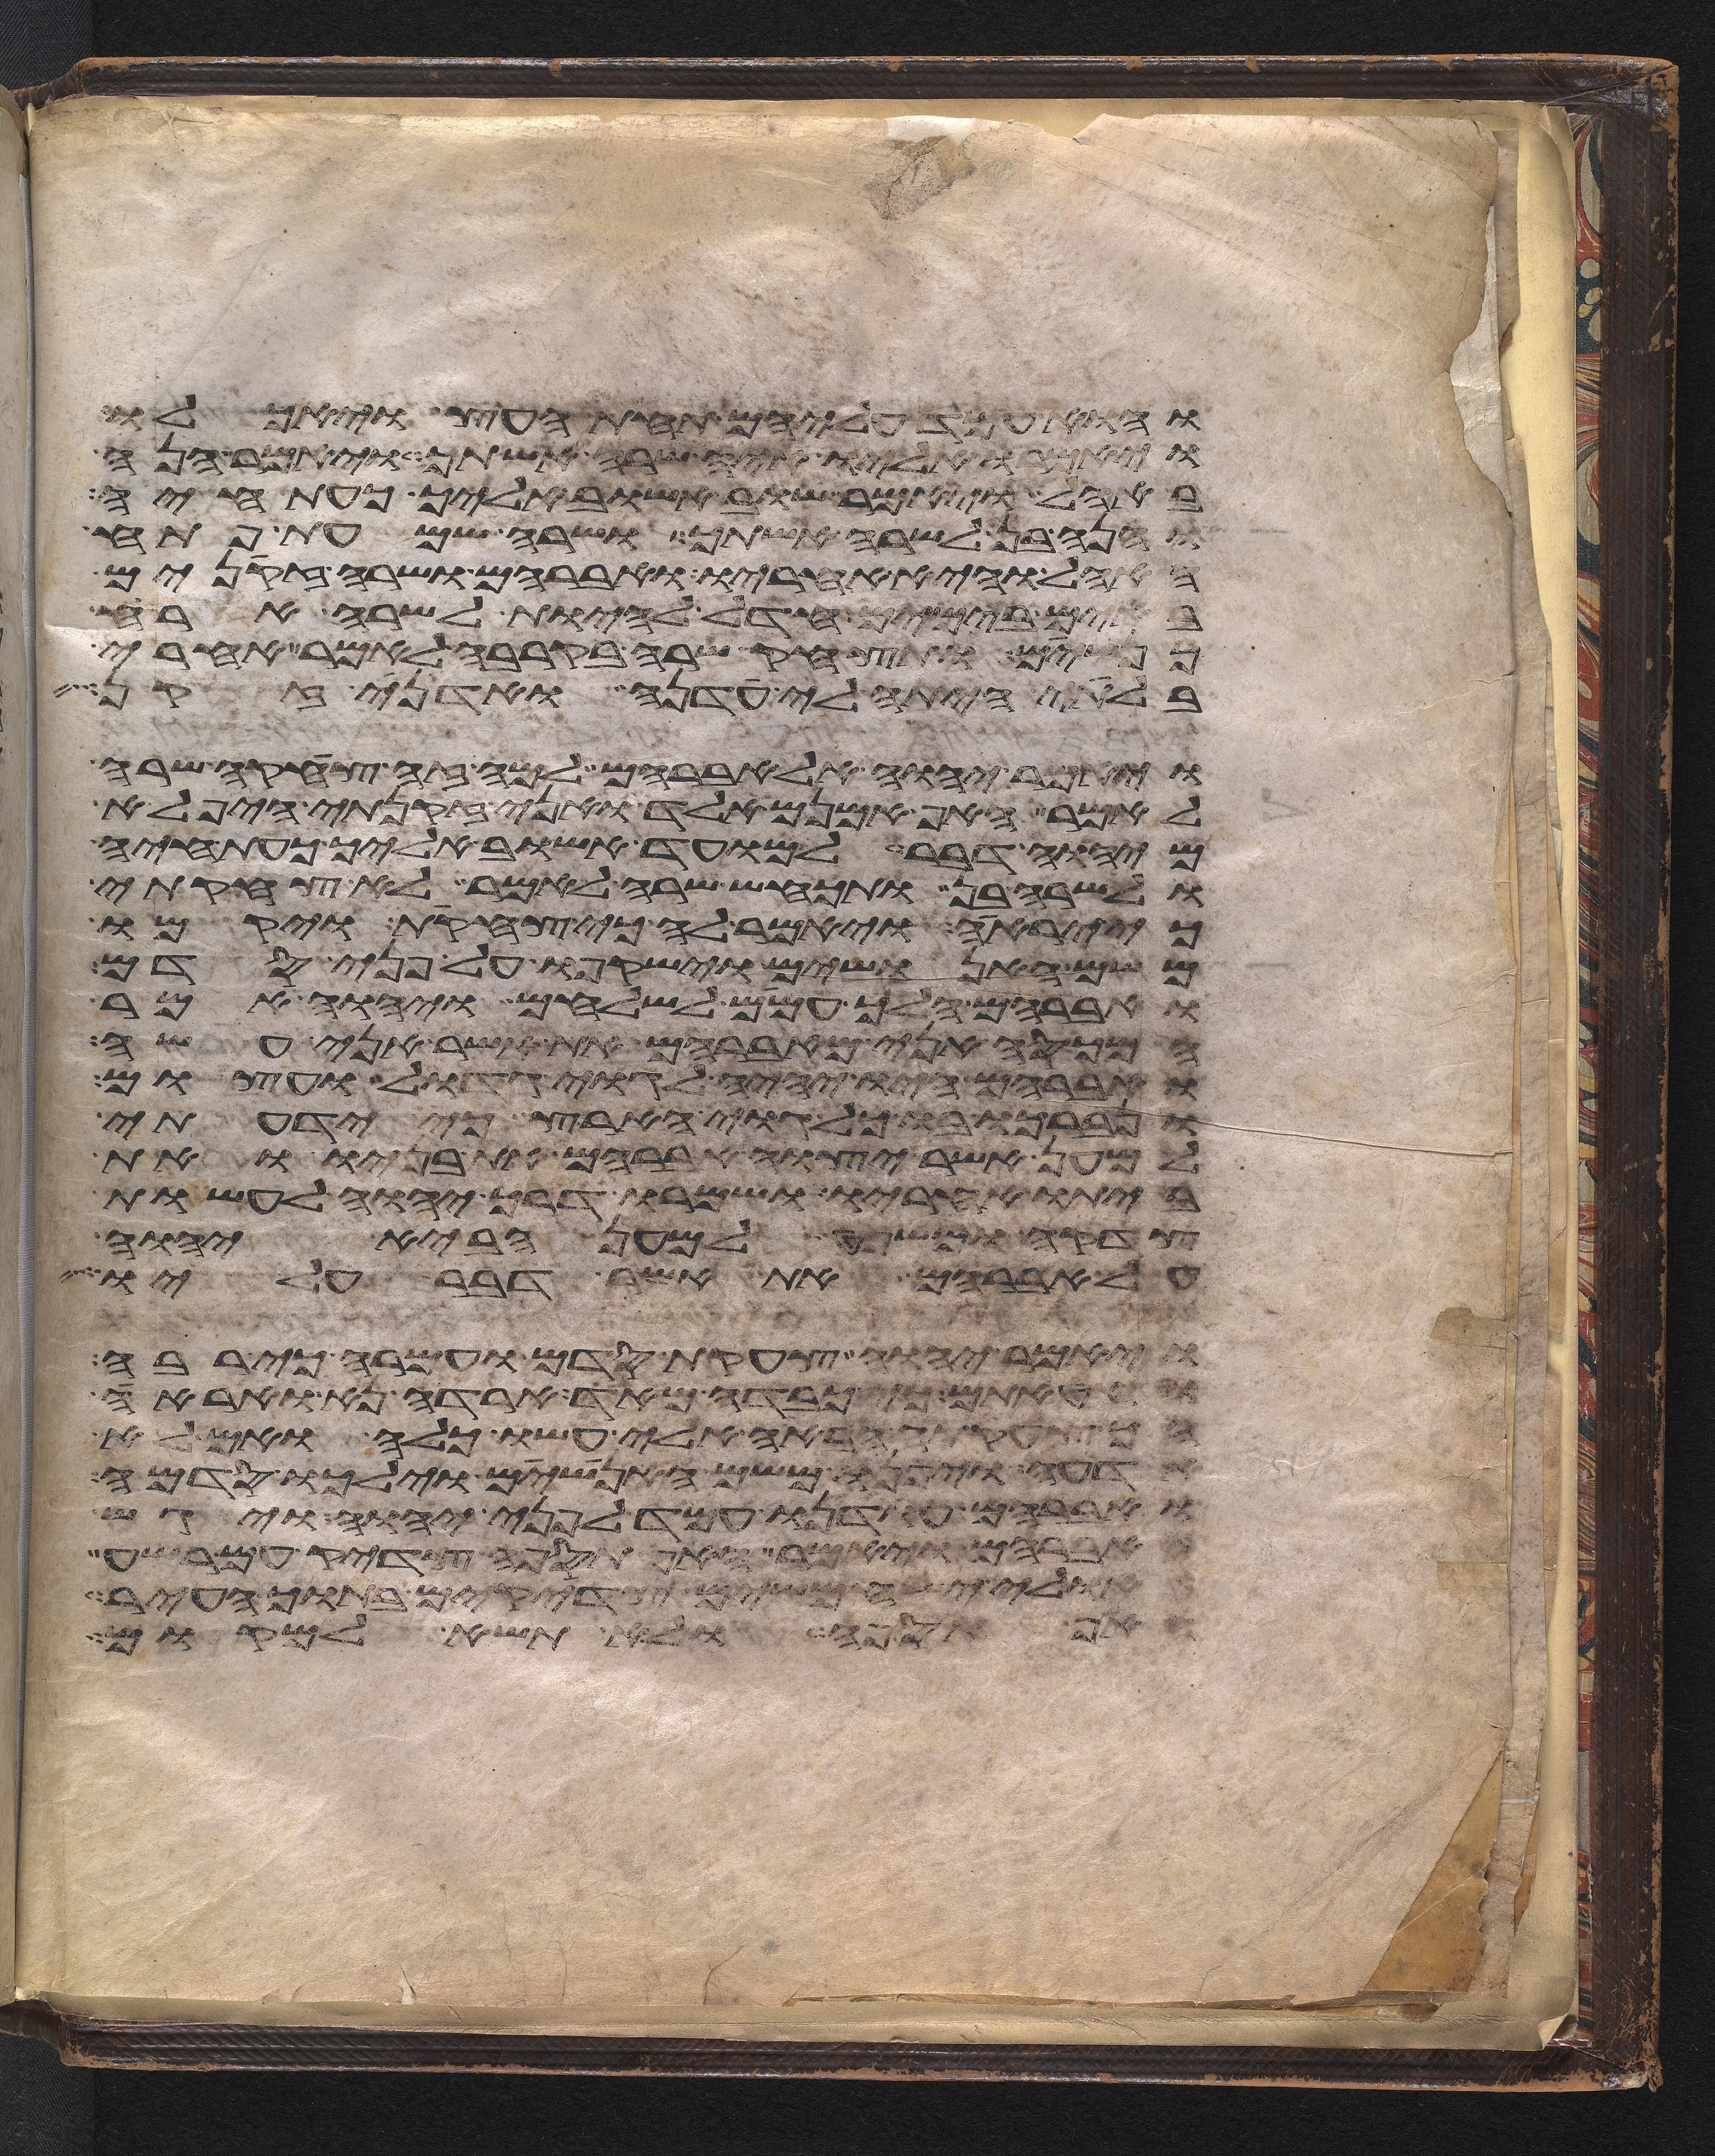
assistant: והוא עמד עליהם תחת העץ ויאכלו
ויאמרו אליו איה שרה אשתך ויאמר הנה
באהל ויאמר שוב אשוב אליך כעת חיה
והנה בן לשרה אשתך ושרה שמעת פתח
האהל והיא אחריו ואברהם ושרה זקנים
באים בימים חדל להיות לשרה ארח
כנשים ותצחק שרה בקרבה לאמר אחרי
בלתי היתה לי עדנה ואדני זקן
ויאמר יהוה אל אברהם למה זה צחקה שרה
לאמר האף אמנם אלד ואני זקנתי היפלא
מיהוה דבר למועד אשוב אליך כעת חיה
ולשרה בן ותכחש שרה לאמר לא צחקתי
יראה ויאמר לה כי צחקת ויקמו
משם האנושים וישקפו על פני סדם
ואברהם הלך עמם לשלחם ויהוה אמר
המכסה אני מאברהם את אשר אני עשה
ואברהם היו יהיה לגוי גדול ועצום
ונברכו בו כל גוי הארץ כי ידעתי
למען אשר יצוה אברהם את בניו ואת
ביתו אחריו ושמרו דרך יהוה לעשות
צדקה ומשפט למען הביא יהוה
על אברהם את אשר דבר עליו
ויאמר יהוה צעקת סדם ועמרה כי רבה
וחטאתם כי כבדה מאד ארדה נא ואראה
הך צעקתה הבאה אלי עשו כלה ואם לא
אדעה ויפנו משם האנושים וילכו סדמה
ואברהם עודנו עמד לפני יהוה ויגש
אברהם ויאמר האף תספה צדיק עם רשע
אולי יש חמשים צדיקים בתוך העיר
האף תספה ולא תשא למקום